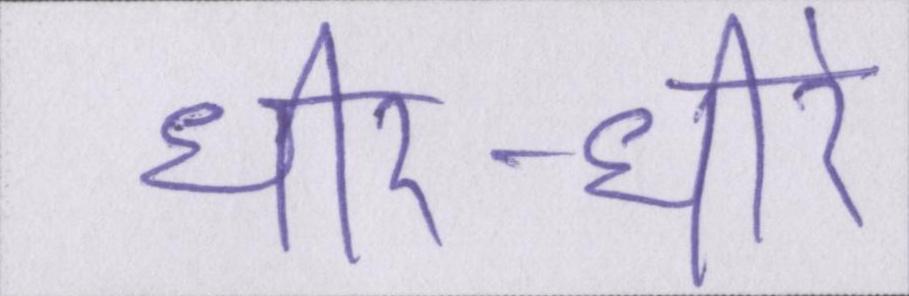
धीर-धीरे